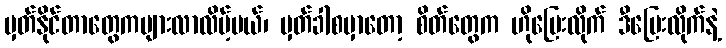
မှတ်နိုင်တာတွေကများလာလိမ့်မယ်၊ မှတ်ခါစမှာတော့ စိတ်တွေက ဟိုပြေးလိုက် ဒီပြေးလိုက်နဲ့